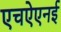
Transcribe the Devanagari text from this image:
एचऐएनई